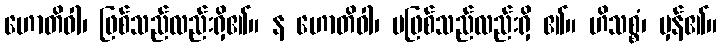
ဟောတိဝါ၊ ဖြစ်သည်လည်းရှိ၏။ န ဟောတိဝါ၊ မဖြစ်သည်လည်းရှိ ၏။ ဟိသစ္စံ၊ မှန်၏။